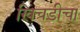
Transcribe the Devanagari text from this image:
खिचडीचा